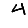
Digit: 4